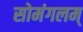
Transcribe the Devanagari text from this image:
सोमंगलम्